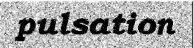
pulsation